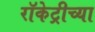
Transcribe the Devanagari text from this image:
रॉकेट्रीच्या